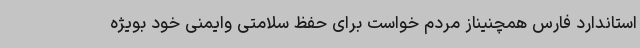
استاندارد فارس همچنیناز مردم خواست برای حفظ سلامتی وایمنی خود بویژه